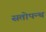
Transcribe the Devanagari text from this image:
सतोपन्थ